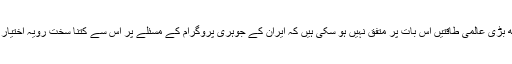
دنیا کی چھ بڑی عالمی طاقتیں اس بات پر متفق نہیں ہو سکی ہیں کہ ایران کے جوہری پروگرام کے مسئلے پر اس سے کتنا سخت رویہ اختیار کیا جائے۔